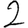
Digit: 2